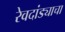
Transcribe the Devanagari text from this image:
रेवदांड्याचा